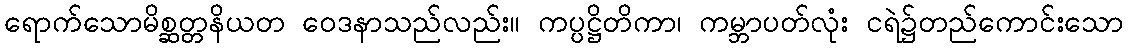
ရောက်သောမိစ္ဆတ္တနိယတ ဝေဒနာသည်လည်း။ ကပ္ပဋ္ဌိတိကာ၊ ကမ္ဘာပတ်လုံး ငရဲ၌တည်ကောင်းသော